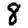
Digit: 8